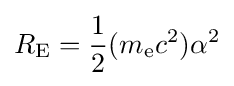
R_{\mathrm {E} }={\frac {1}{2}}(m_{\mathrm {e} }c^{2})\alpha ^{2}